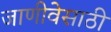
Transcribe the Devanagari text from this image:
जाणीवेसाठी